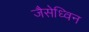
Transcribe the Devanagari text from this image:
जैसेध्विन